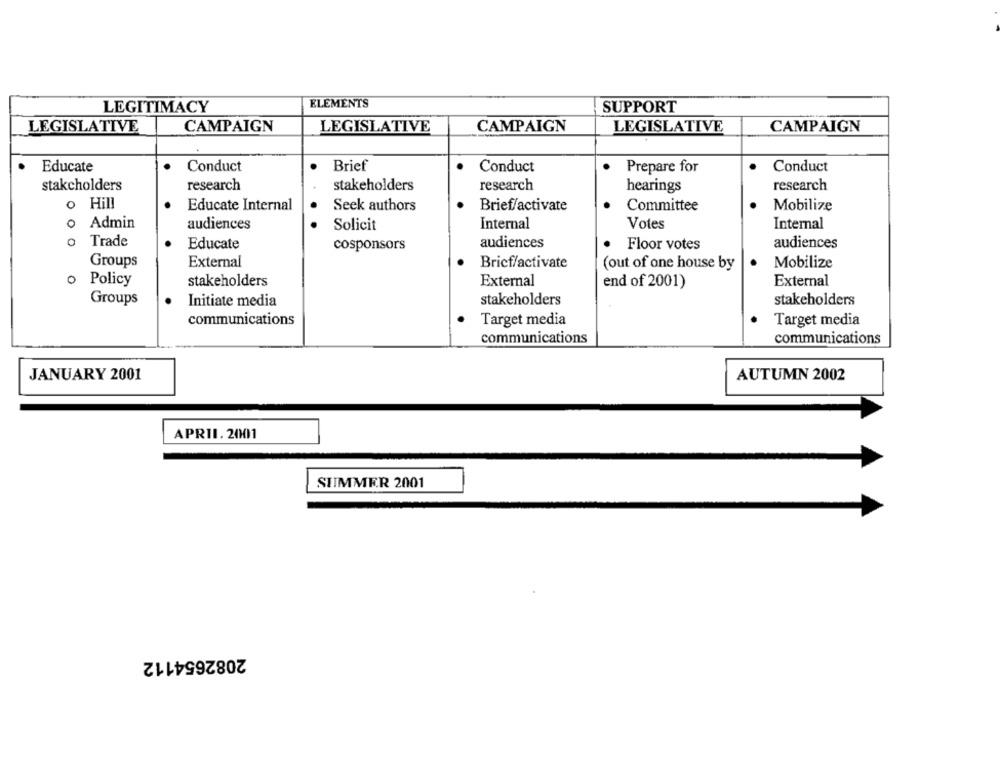
ELEMENTS
LEGITIMACY
SUPPORT
LEGISLATIVE
CAMPAIGN
LEGISLATIVE
CAMPAIGN
LEGISLATIVE
CAMPAIGN
Conduct
Brief
Conduct
Educate
Conduct
Prepare for
stakcholders
research
stakeholders
research
hearings
research
o Hill
Educate Internal
Mobilize
Seek authors
Brief/activate
Committee
0
Admin
audiences
Solicit
Internal
Votes
Internal
Trade
audiences
Educate
cosponsors
audiences
Floor votes
Groups
External
Bricf/activate
(out of one house by
Mobilize
Policy
stakeholders
External
end of 2001)
External
Groups
Initiate media
stakeholders
stakeholders
communications
Target media
Target media
communications
communications
JANUARY 2001
AUTUMN 2002
APRII. 2001
SUMMER 2001
2082654112